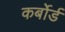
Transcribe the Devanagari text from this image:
कर्बोर्ड